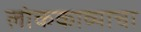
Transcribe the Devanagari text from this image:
लोककाव्याचा